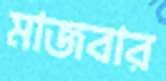
মাজবার